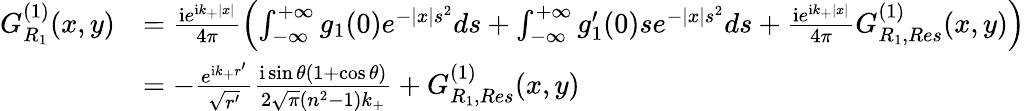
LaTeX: \begin{array}{rl}{G_{R_{1}}^{(1)}(x,y)}&{=\frac{\textrm{i}e^{\textrm{i}k_{+}|x|}}{4\pi}\left(\int_{-\infty}^{+\infty}g_{1}(0)e^{-|x|s^{2}}ds+\int_{-\infty}^{+\infty}g_{1}^{\prime}(0)se^{-|x|s^{2}}ds+\frac{\textrm{i}e^{\textrm{i}k_{+}|x|}}{4\pi}G_{R_{1},Res}^{(1)}(x,y)\right)}\\ &{=-\frac{e^{\textrm{i}k_{+}r^{\prime}}}{\sqrt{r^{\prime}}}\frac{\textrm{i}\sin\theta(1+\cos\theta)}{2\sqrt{\pi}(n^{2}-1)k_{+}}+G_{R_{1},Res}^{(1)}(x,y)}\end{array}